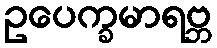
ဥပေက္ခမာရဗ္ဘ